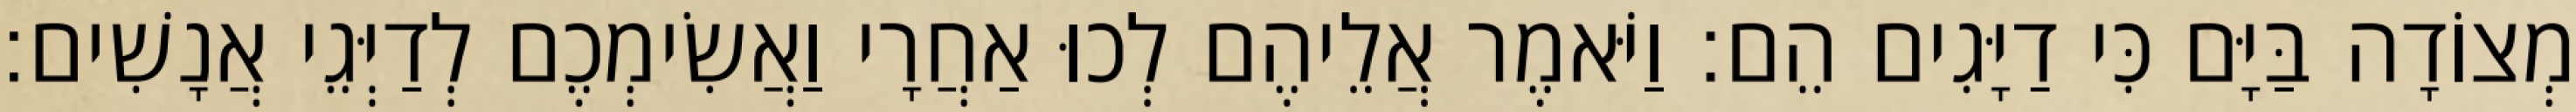
מְצוֹדָה בַּיָּם כִּי דַיָּגִים הֵם׃ וַיֹּאמֶר אֲלֵיהֶם לְכוּ אַחֲרָי וַאֲשִׂימְכֶם לְדַיְּגֵי אֲנָשִׁים׃